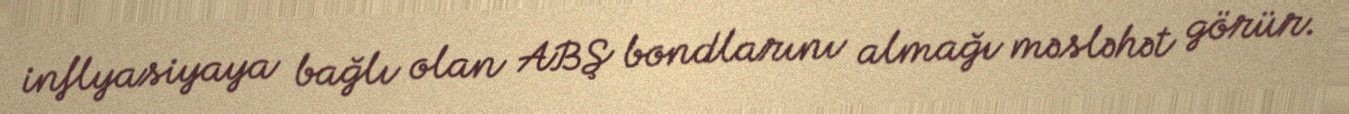
inflyasiyaya bağlı olan ABŞ bondlarını almağı məsləhət görür.